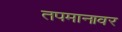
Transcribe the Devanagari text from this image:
तपमानावर